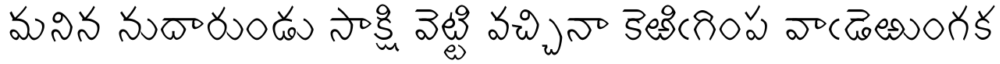
మనిన నుదారుండు సాక్షి వెట్టి వచ్చినా కెఱిఁగింప వాఁడెఱుంగక